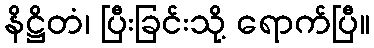
နိဋ္ဌိတံ၊ ပြီးခြင်းသို့ ရောက်ပြီ။